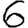
Digit: 6